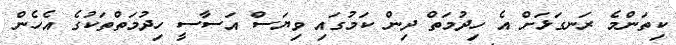
ކިތަންމެ ރަނގަޅަށް އެ ހިދުމަތް ދިން ކަމުގައި ވިޔަސް އަސާސީ ހިދުމަތްތަކުގެ އެހެން